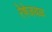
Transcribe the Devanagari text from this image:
रेषेजवळ